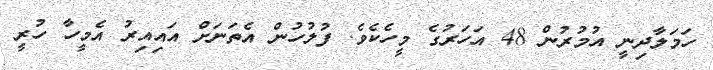
ހަމަލާދިނީ އުމުރުން 48 އަހަރުގެ މީހެކެވެ. ފުލުހުން އެތަނަށް އައިއިރު އެމީހާ ހުރީ